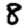
Digit: 8